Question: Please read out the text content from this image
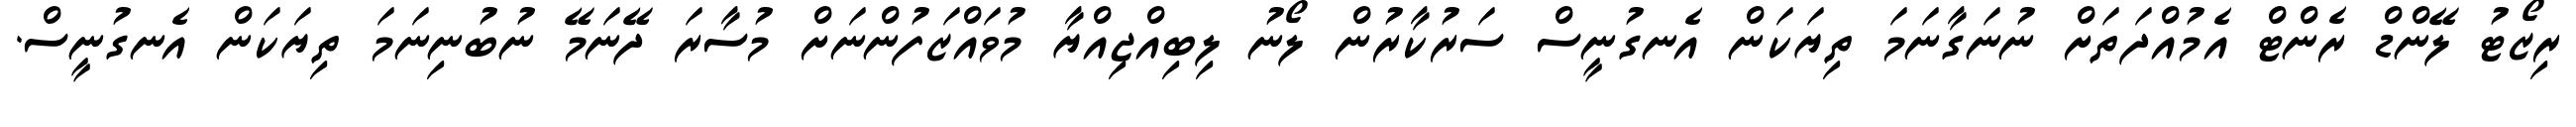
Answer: ރިޒޯޓު ލޭންޑް ރެންޓް އެމުއްދަތަށް ނުނަގާނަމަ ތިޔަކަން އެނގުނީސް ސަރުކާރުން ލޯނު ލިބިއްޖިއްޔާ މުވައްޒަފުންނަށް މުސާރަ ދޭނަމޭ ނުބުނިނަމަ ތިޔަކަން އެނގުނީސް.